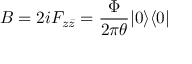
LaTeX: B = 2 i F _ { z \bar { z } } = \frac { \Phi } { 2 \pi \theta } | 0 \rangle \langle 0 |